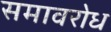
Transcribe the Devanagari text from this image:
समावरोध